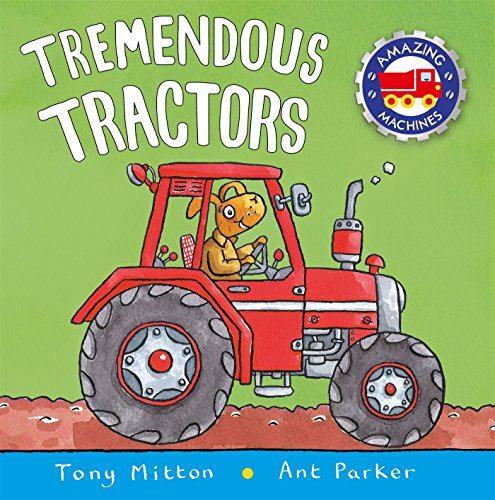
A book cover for Tremendous Tractors (Amazing Machines); Tony Mitton; Children's Books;